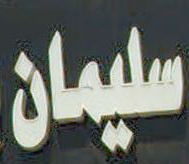
سليمان